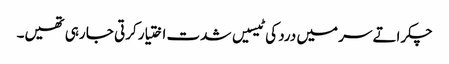
چکراتے سر میں درد کی ٹیسیں شدت اختیار کرتی جا رہی تھیں۔